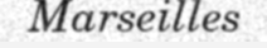
Marseilles